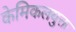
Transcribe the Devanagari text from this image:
केमिकलयुक्त